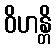
ဝိဟန္တိ